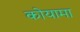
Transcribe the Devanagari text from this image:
कोयामा